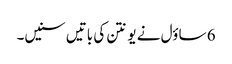
6 ساؤل نے یونتن کی باتیں سنیں۔